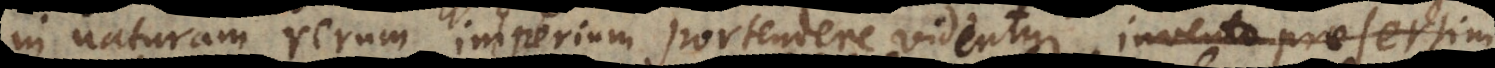
in naturam rerum imperium portendere videntur, invento praes